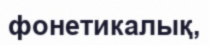
фонетикалық,